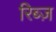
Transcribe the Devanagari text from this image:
रिब्ज़